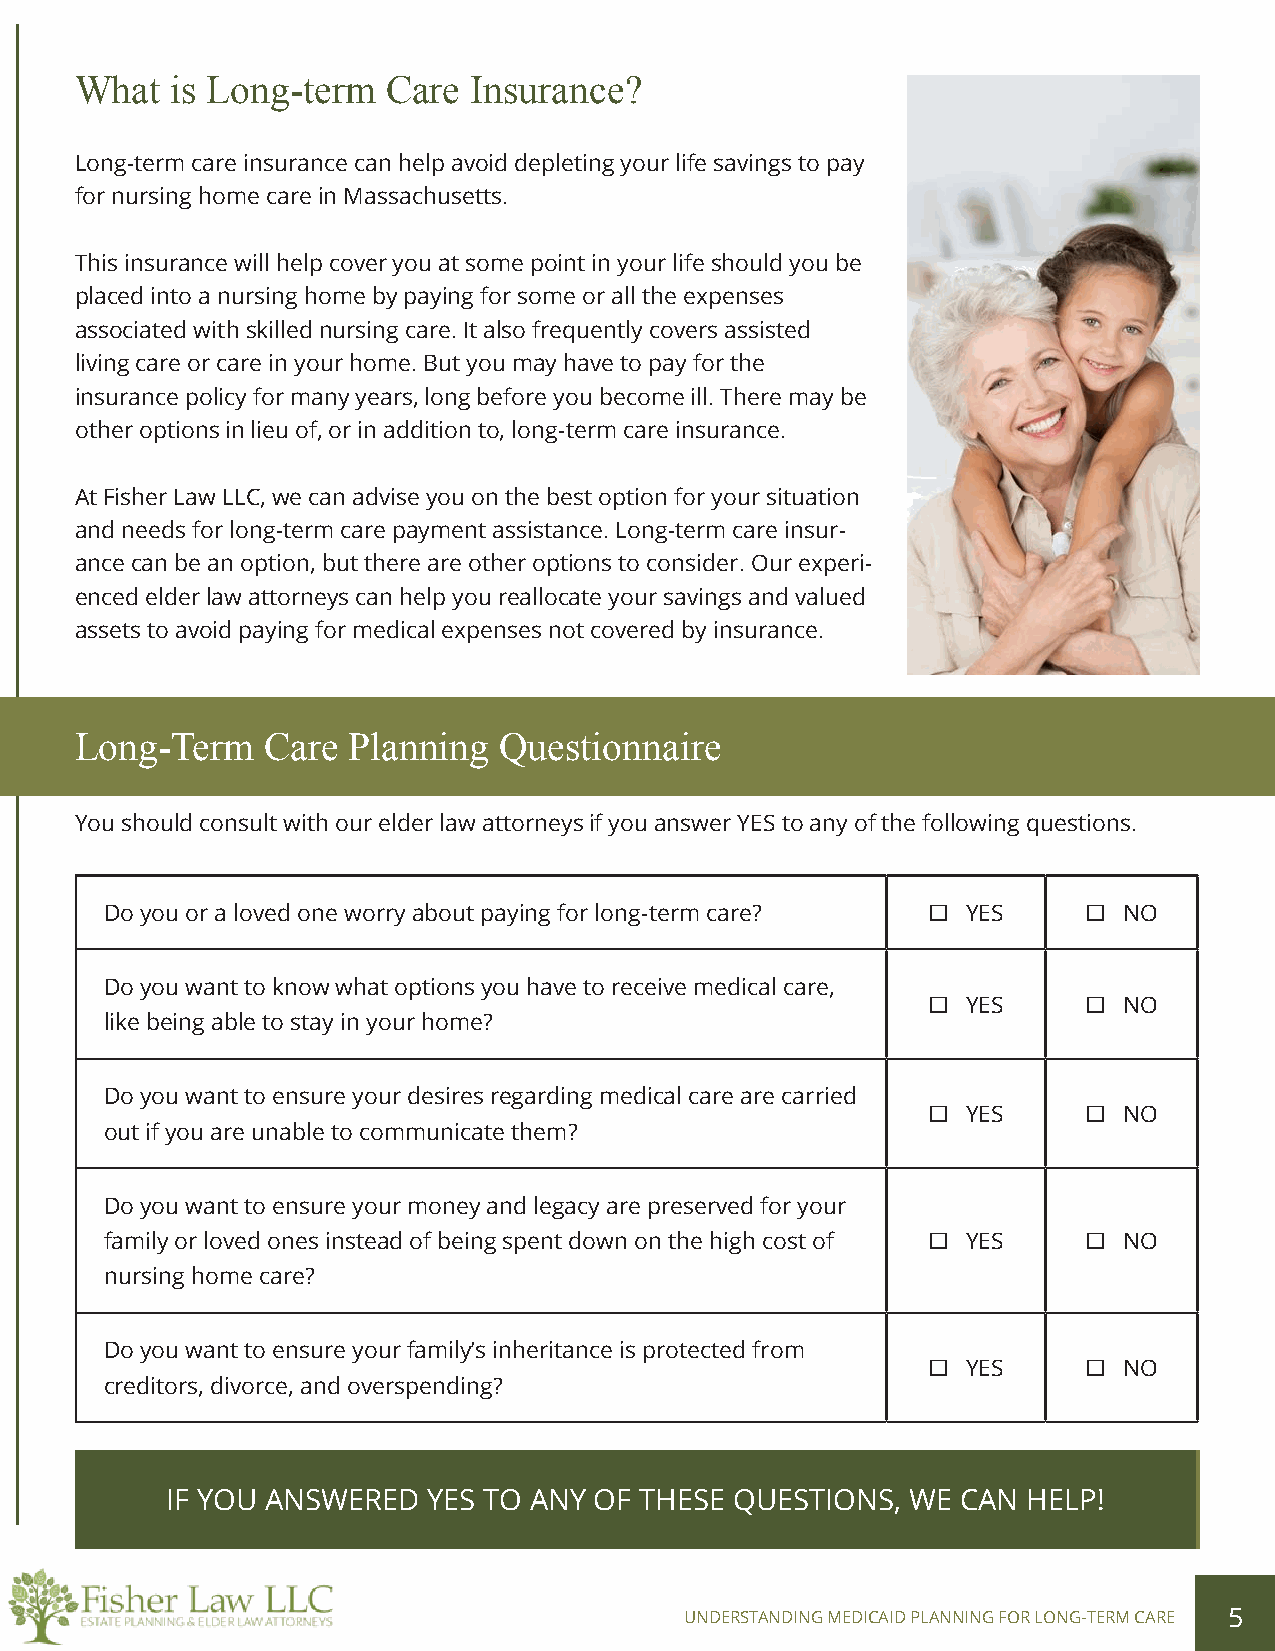
What  is Long-term   Care Insurance?
 Long-term care insurance can help avoid depleting your life savings to pay
 for nursing home care in Massachusetts.
 This insurance will help cover you at some point in your life should you be
 placed into a nursing home by paying for some or all the expenses
 associated with skilled nursing care. It also frequently covers assisted
 living care or care in your home. But you may have to pay for the
 insurance policy for many years, long before you become ill. There may be
 other options in lieu of, or in addition to, long-term care insurance.
 At Fisher Law LLC, we can advise you on the best option for your situation
 and needs for long-term care payment assistance. Long-term care insur-
 ance can be an option, but there are other options to consider. Our experi-
 enced elder law attorneys can help you reallocate your savings and valued
 assets to avoid paying for medical expenses not covered by insurance.
 Long-Term    Care Planning  Questionnaire
 You should consult with our elder law attorneys if you answer YES to any of the following questions.
 Do you or a loved one worry about paying for long-term care? YES   NO
 Do you want to know what options you have to receive medical care,
 YES       NO
 like being able to stay in your home?
 Do you want to ensure your desires regarding medical care are carried
 YES       NO
 out if you are unable to communicate them?
 Do you want to ensure your money and legacy are preserved for your
 family or loved ones instead of being spent down on the high cost of YES NO
 nursing home care?
 Do you want to ensure your family’s inheritance is protected from
 YES       NO
 creditors, divorce, and overspending?
 IF YOU ANSWERED  YES TO ANY OF THESE  QUESTIONS, WE  CAN HELP!
 UNDERSTANDING MEDICAID PLANNING FOR LONG-TERM CARE 5